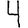
Digit: 4